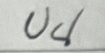
บน